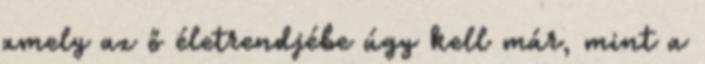
amely az ő életrendjébe úgy kell már, mint a